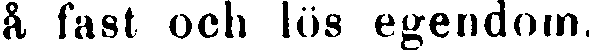
å fast och lös egendom.